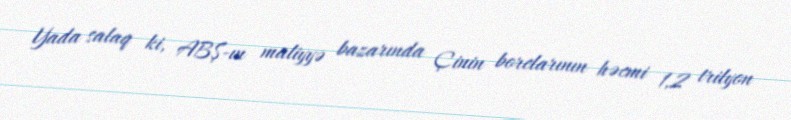
Yada salaq ki, ABŞ-ın maliyyə bazarında Çinin borclarının həcmi 1,2 trilyon